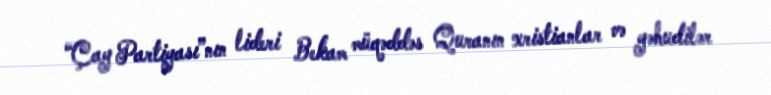
“Çay Partiyası”nın lideri Bekam müqəddəs Quranın xristianlar və yəhudilər